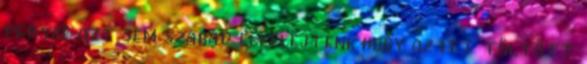
persze azt sem szabad elfelejteni, hogy az itt töltött